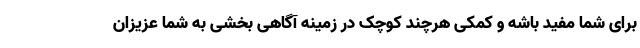
برای شما مفید باشه و کمکی هرچند کوچک در زمینه آگاهی بخشی به شما عزیزان